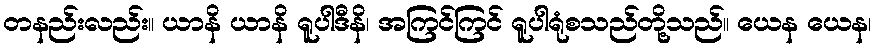
တနည်းလည်း။ ယာနိ ယာနိ ရူပါဒီနိ၊ အကြင်ကြင် ရူပါရုံစသည်တို့သည်။ ယေန ယေန၊